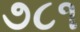
૭૮૧